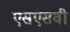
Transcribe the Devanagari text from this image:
एसएसवी